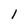
Character: l